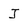
Character: J